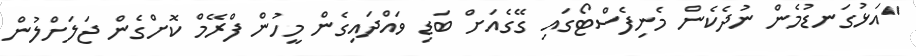
"އަޅުގަނޑުމެން ނުދެކެން މެނިފެސްޓޯގައި ގޭގެއަށް ބަޑި ވައްދައިގެން މީހުން ފްރޭމް ކޮށްގެން ޖަލަށްލުން